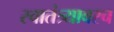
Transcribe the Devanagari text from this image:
स्वातंत्र्यावरच